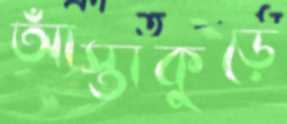
আঁস্তাকুড়ে